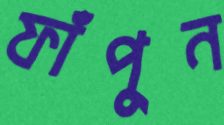
ফাঁপুন